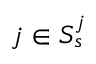
j \in S _ { s } ^ { j }